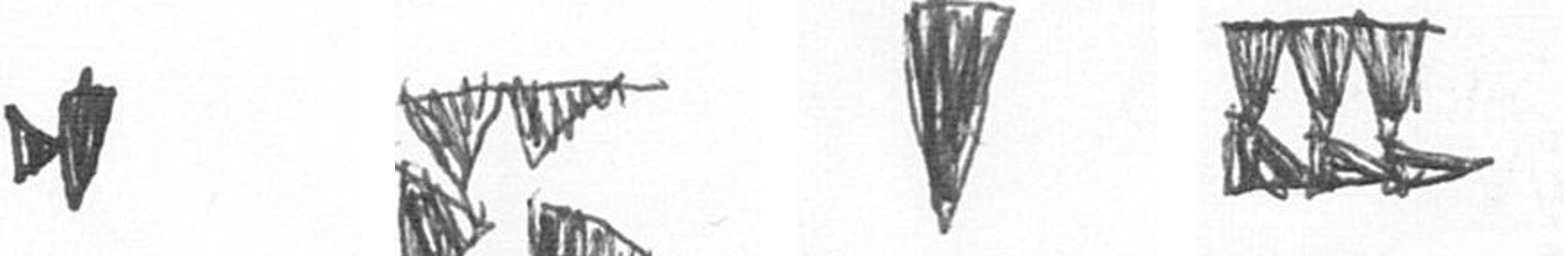
M B J D